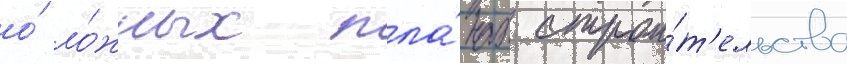
о́ ло́жных пла́нах строи́т'ельства